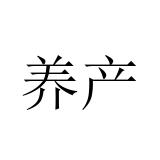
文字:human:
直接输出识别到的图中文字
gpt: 养产